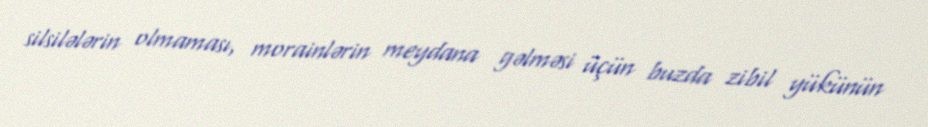
silsilələrin olmaması, morainlərin meydana gəlməsi üçün buzda zibil yükünün